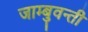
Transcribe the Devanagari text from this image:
जाम्बुवन्ती